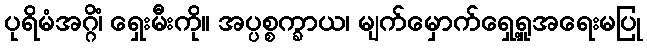
ပုရိမံအဂ္ဂိံ၊ ရှေးမီးကို။ အပ္ပစ္စက္ခာယ၊ မျက်မှောက်ရှေ့ရှုအရေးမပြု